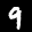
Label: 9